First report of the anti-malarial operations at Mian Mir, 1901-1903 - Number 6
Year: 1901
Disease focus: Malaria
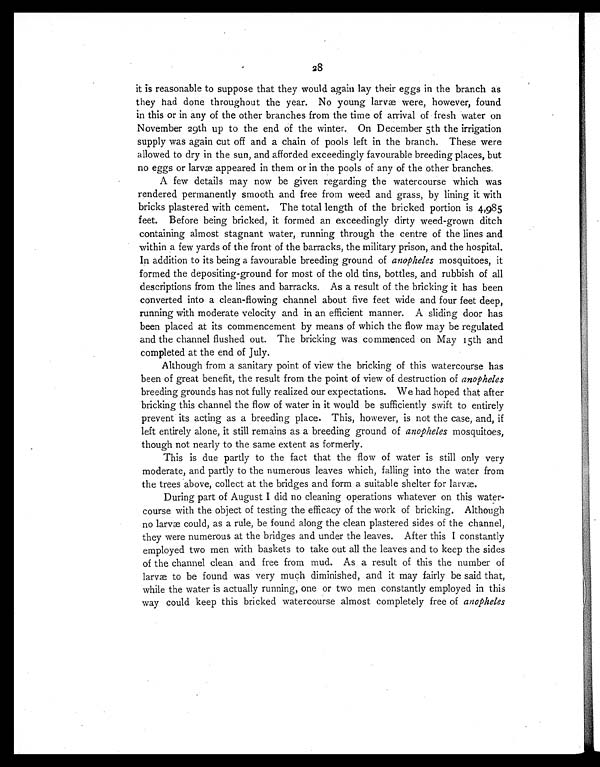
28
it is reasonable to suppose that they would again lay their eggs in the branch as
they had done throughout the year. No young larvæ were, however, found
in this or in any of the other branches from the time of arrival of fresh water on
November 29th up to the end of the winter. On December 5th the irrigation
supply was again cut off and a chain of pools left in the branch. These were
allowed to dry in the sun, and afforded exceedingly favourable breeding places, but
no eggs or larvæ appeared in them or in the pools of any of the other branches.
A few details may now be given regarding the watercourse which was
rendered permanently smooth and free from weed and grass, by lining it with
bricks plastered with cement. The total length of the bricked portion is 4,985
feet. Before being bricked, it formed an exceedingly dirty weed-grown ditch
containing almost stagnant water, running through the centre of the lines and
within a few yards of the front of the barracks, the military prison, and the hospital.
In addition to its being a favourable breeding ground of anopheles mosquitoes, it
formed the depositing-ground for most of the old tins, bottles, and rubbish of all
descriptions from the lines and barracks. As a result of the bricking it has been
converted into a clean-flowing channel about five feet wide and four feet deep,
running with moderate velocity and in an efficient manner. A sliding door has
been placed at its commencement by means of which the flow may be regulated
and the channel flushed out. The bricking was commenced on May 15th and
completed at the end of July.
Although from a sanitary point of view the bricking of this watercourse has
been of great benefit, the result from the point of view of destruction of anopheles
breeding grounds has not fully realized our expectations. We had hoped that after
bricking this channel the flow of water in it would be sufficiently swift to entirely
prevent its acting as a breeding place. This, however, is not the case, and, if
left entirely alone, it still remains as a breeding ground of anopheles mosquitoes,
though not nearly to the same extent as formerly.
This is due partly to the fact that the flow of water is still only very
moderate, and partly to the numerous leaves which, falling into the water from
the trees above, collect at the bridges and form a suitable shelter for larvæ.
During part of August I did no cleaning operations whatever on this water-
course with the object of testing the efficacy of the work of bricking. Although
no larvæ could, as a rule, be found along the clean plastered sides of the channel,
they were numerous at the bridges and under the leaves. After this I constantly
employed two men with baskets to take out all the leaves and to keep the sides
of the channel clean and free from mud. As a result of this the number of
larvæ to be found was very much diminished, and it may fairly be said that,
while the water is actually running, one or two men constantly employed in this
way could keep this bricked watercourse almost completely free of anopheles